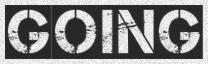
GOING